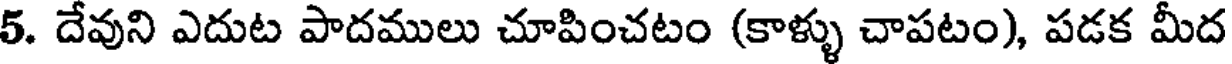
5. దేవుని ఎదుట పాదములు చూపించటం (కాళ్ళు చాపటం), పడక మీద